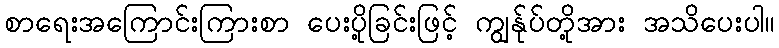
စာရေးအကြောင်းကြားစာ ပေးပို့ခြင်းဖြင့် ကျွန်ုပ်တို့အား အသိပေးပါ။